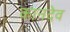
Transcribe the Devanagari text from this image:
कानदेव